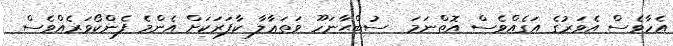
އެހާވެސް އެވަރުގެ އަގެއްވެސް އޮތްނަމަ  ސުބްޙާނަހޫ ވަތަޢާލާ ކާފަރަކަށް އެންމެ ފެންކޯވަރެއްވެސް